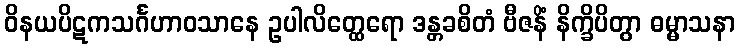
ဝိနယပိဋကသင်္ဂဟာဝသာနေ ဥပါလိတ္ထေရော ဒန္တခစိတံ ဗီဇနိံ နိက္ခိပိတွာ ဓမ္မာသနာ